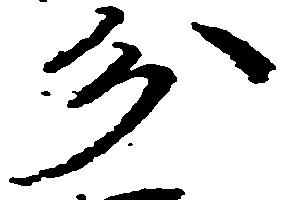
分